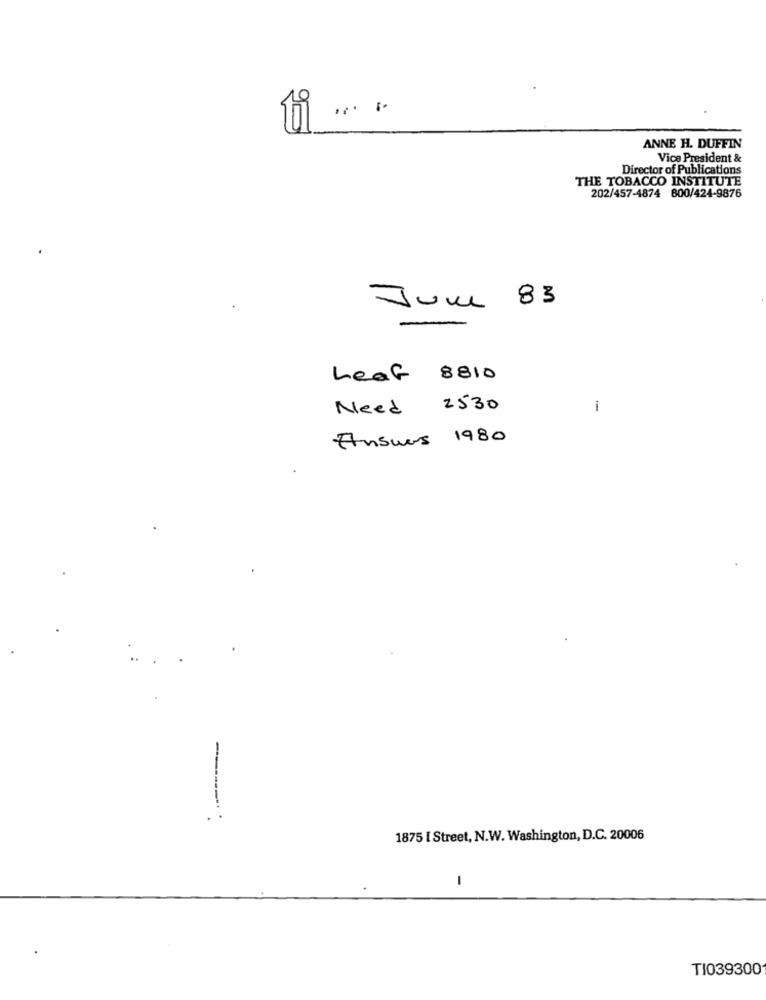
ti ....
ANNE H. DUFFIN
Vice President &
Director of Publications
THE TOBACCO INSTITUTE
202/457-4874 600/424-9876
June 83
Leaf 8810
Need 2530
1
Answers 1980
1875 [ Street, N.W. Washington, D.C. 20006
1
TI039300